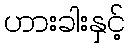
ဟားခါးနှင့်